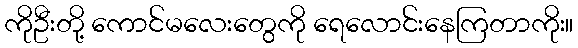
ကိုဦးတို့ ကောင်မလေးတွေကို ရေလောင်းနေကြတာကိုး။